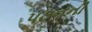
પઠનની